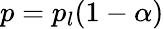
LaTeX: p=p_{l}(1-\alpha)